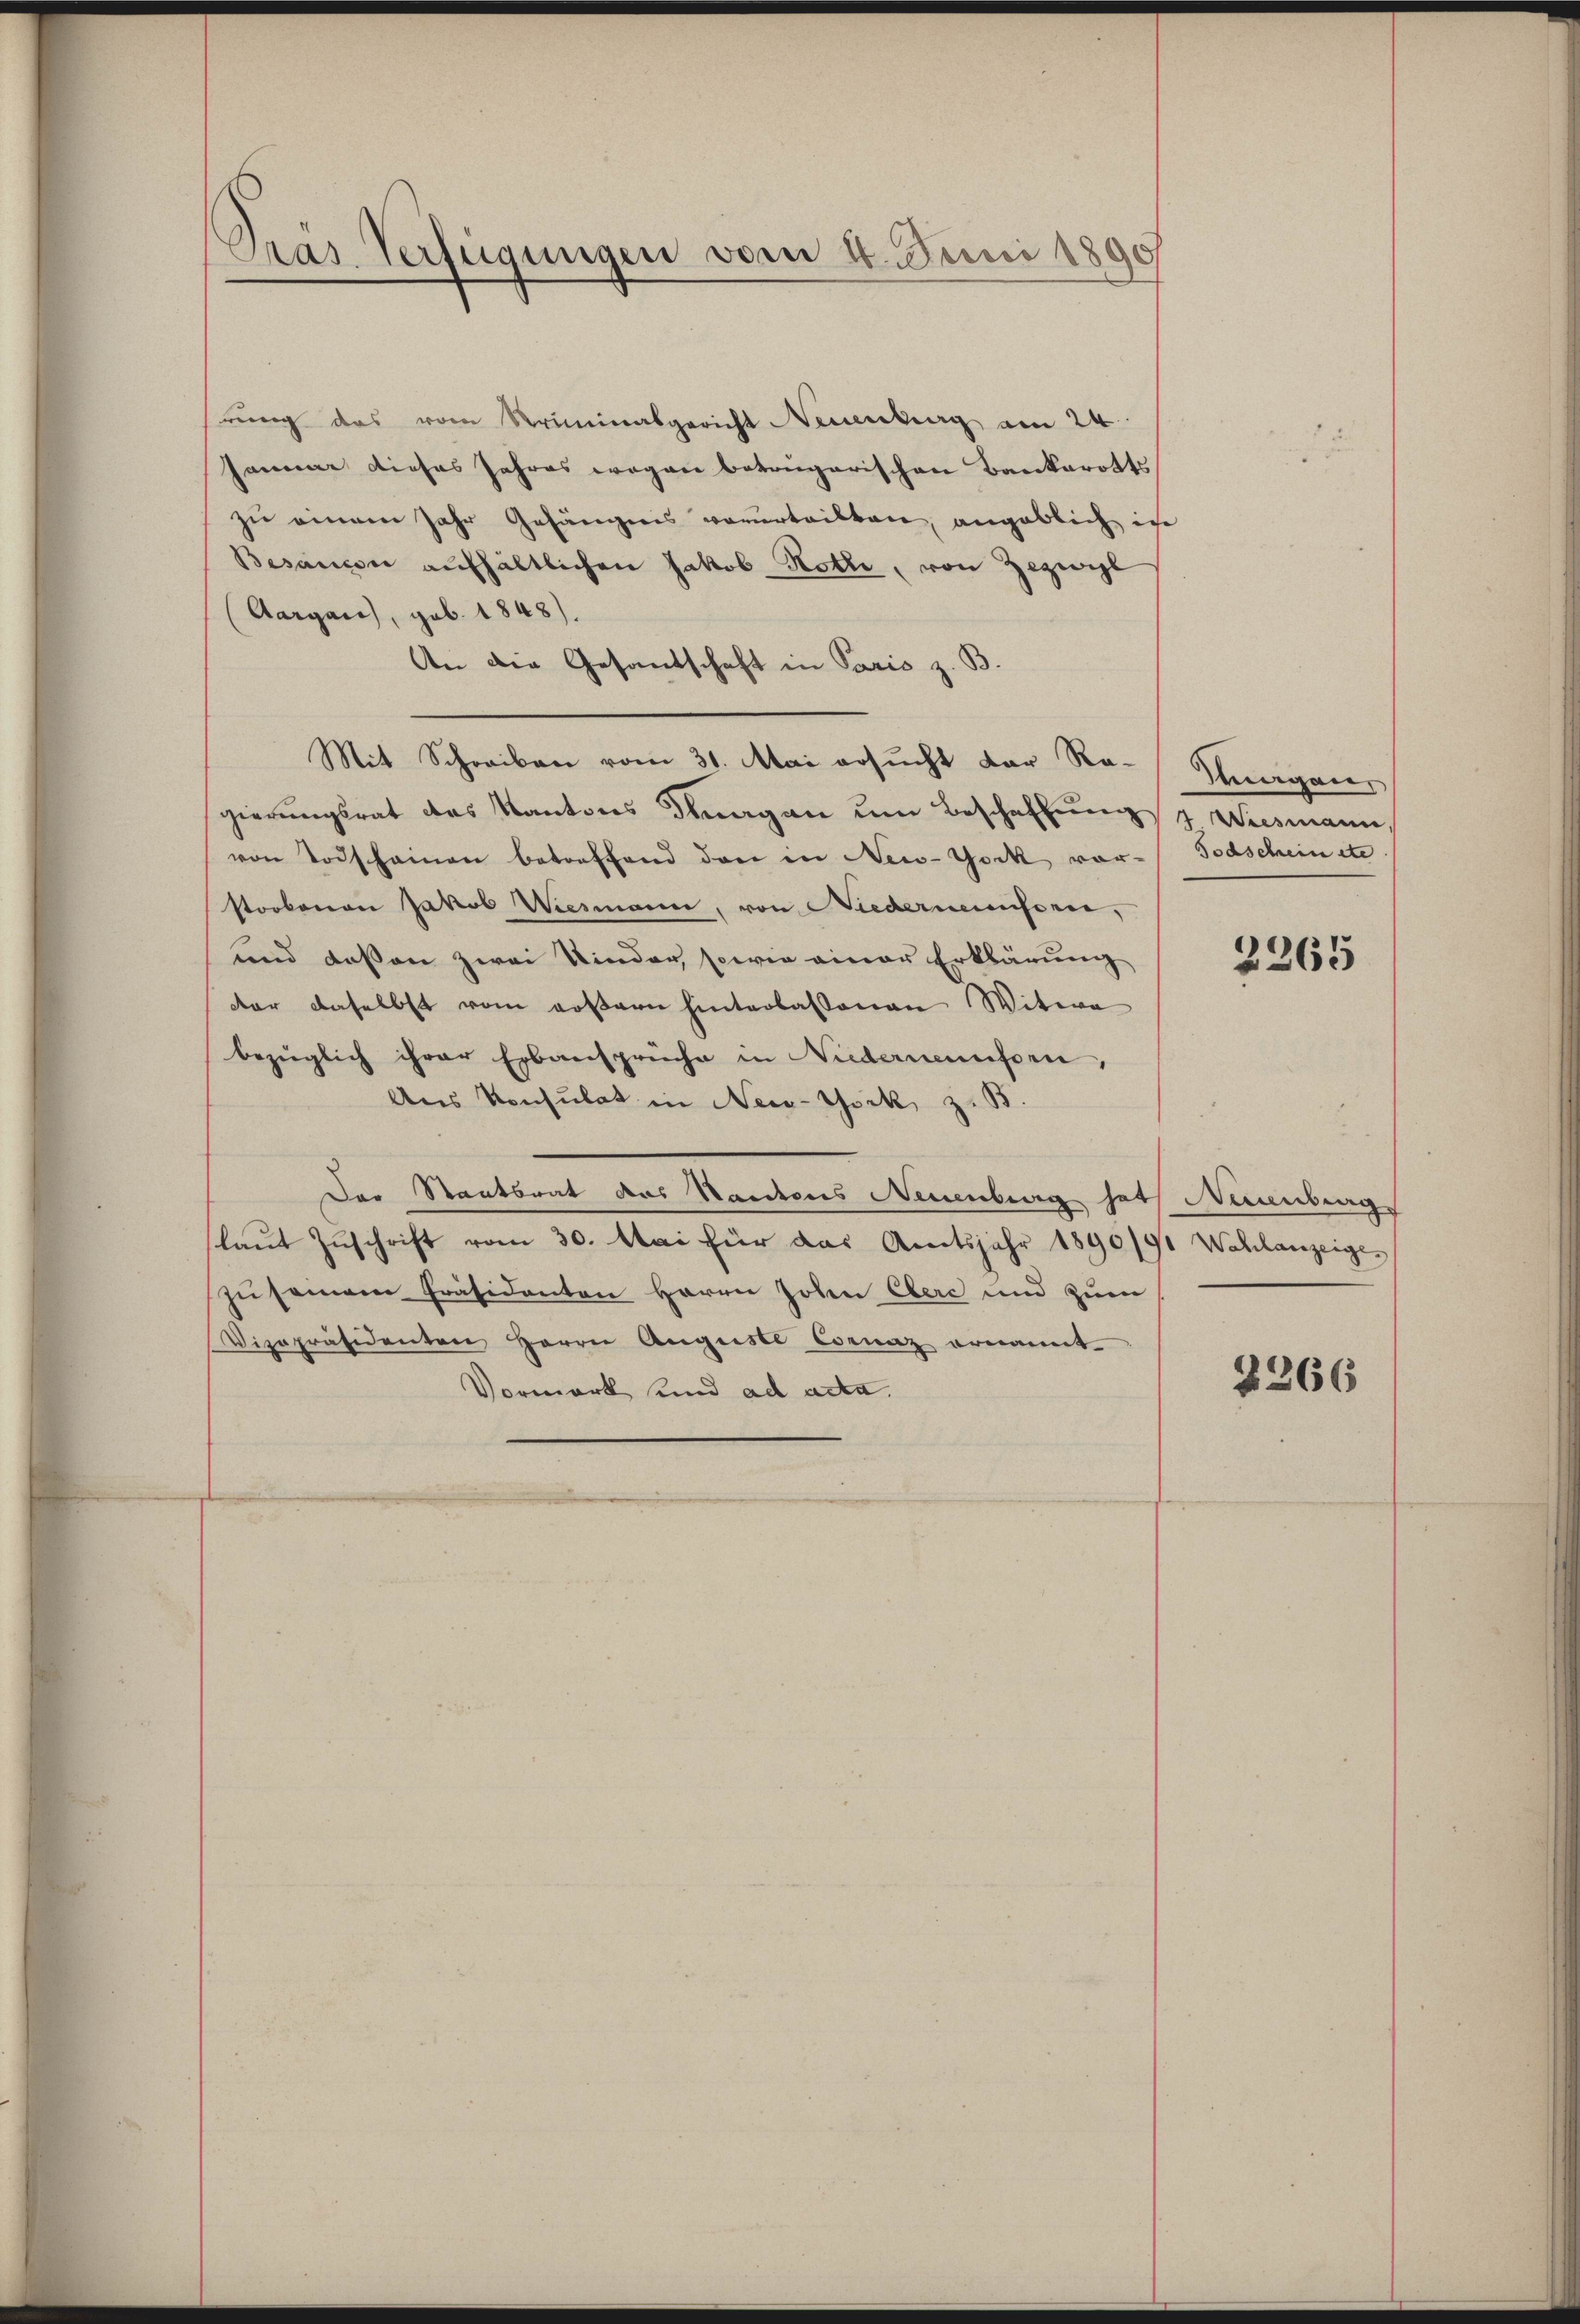
Pras. Verfügungen vom 4. Juni 1890

rung das vom Kriminalgericht Neuenburg am 24.
samme dieses Jahres wegen beträgerischen Bankerotts
zu einem Jahr Gefängnis verurteilten, angeblich in
Besancen aufhältlichen Jakob Rothe, von Bezeige
(Aargau, geb. 1848).
An die Gesandschaft in Paris z. B.
Mit Schreiben vom 31. Mai ersucht der Ro-Inagaier
gierungsrat des Kantons Thurgau um Beschaffung d Wiesmann,
von Todschainen betreffend der in New-York vor- Todschein etc
storbenen Jakob Wiesmann, von Niedermeinsten,
und dessen zwei Kinder, sowie einer Erklärung
dar daselbst vom außern hinterlassenen Witwe
bezüglich ihrer Erbansprüche in Niedernünften,
Ans Konsulat in New-York, z. B.
Der Staatsrat des Kantons Neuenburg hat Neuenburg
laut Zuschrift vom 30. Mai für das Amtsjahr 1890/91 Wahlanzeiges
zu seinem Präsidenten Herrn Johen Eberc und zum
Vizepräsidenten Herrn Auguste Cornaz ernannt
Vormerk und ad acta.

2365

2366